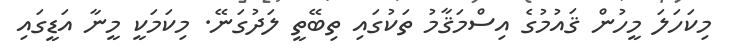
މިކަހަލަ މީހުން ޤައުމުގެ އިސްމަޤާމު ތަކުގައި ތިބޭތީ ލަދުގަނޭ. މިކަމަކީ މީނާ އަޑީގައި